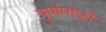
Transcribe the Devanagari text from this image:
पुर्णपोळी